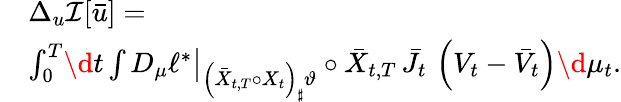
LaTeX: \begin{array}{rl}&{\Delta_{u}\mathcal I[\bar{u}]=}\\ &{\int_{0}^{T}\! \d t\int D_{\mu}\ell^{*}\big|_{\left(\bar{X}_{t,T}\circ X_{t}\right)_{\sharp}\vartheta}\circ\bar{X}_{t,T}\, \bar{J}_{t}\, \left(V_{t}-\bar{V}_{t}\right)\d\mu_{t}.}\end{array}